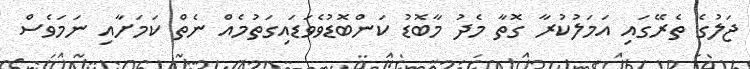
ޖަލުގެ ތެރޭގައި އަމަލުކުރާ ގޮތާ މެދު މާބޮޑު ކަންބޮޑުވެވަޑައިގަތުމެއް ނެތް ކަމަށާއި ނަމަވެސް